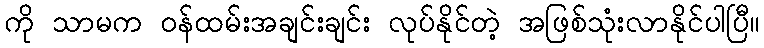
ကို သာမက ဝန်ထမ်းအချင်းချင်း လုပ်နိုင်တဲ့ အဖြစ်သုံးလာနိုင်ပါပြီ။